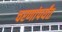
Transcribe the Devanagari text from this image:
चरणांपर्यंत